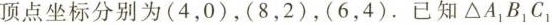
顶点坐标分别为(4，0)，(8，2)，(6，4)。已知 Δ A_{1}B_{1}C_{1}